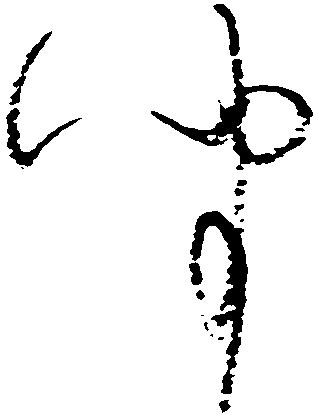
聞